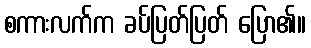
စကားလက်က ခပ်ပြတ်ပြတ် ပြော၏။